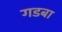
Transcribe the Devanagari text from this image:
गडबा